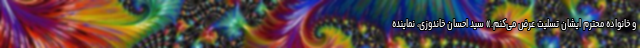
و خانواده محترم ایشان تسلیت عرض می‌کنم.» سید احسان خاندوزی، نماینده